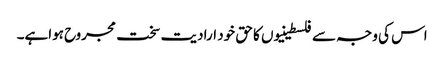
اس کی وجہ سے فلسطینیوں کا حق خود ارادیت سخت مجروح ہواہے۔